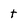
Character: t